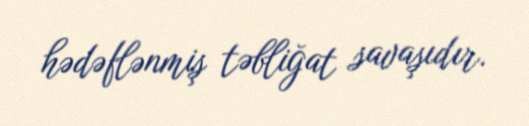
hədəflənmiş təbliğat savaşıdır.